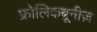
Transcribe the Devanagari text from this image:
फ्रोलिकबूनीज़